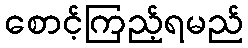
စောင့်ကြည့်ရမည်